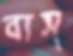
ব্যস্